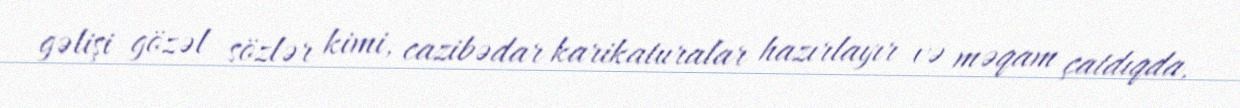
gəlişi gözəl sözlər kimi, cazibədar karikaturalar hazırlayır və məqam çatdıqda,